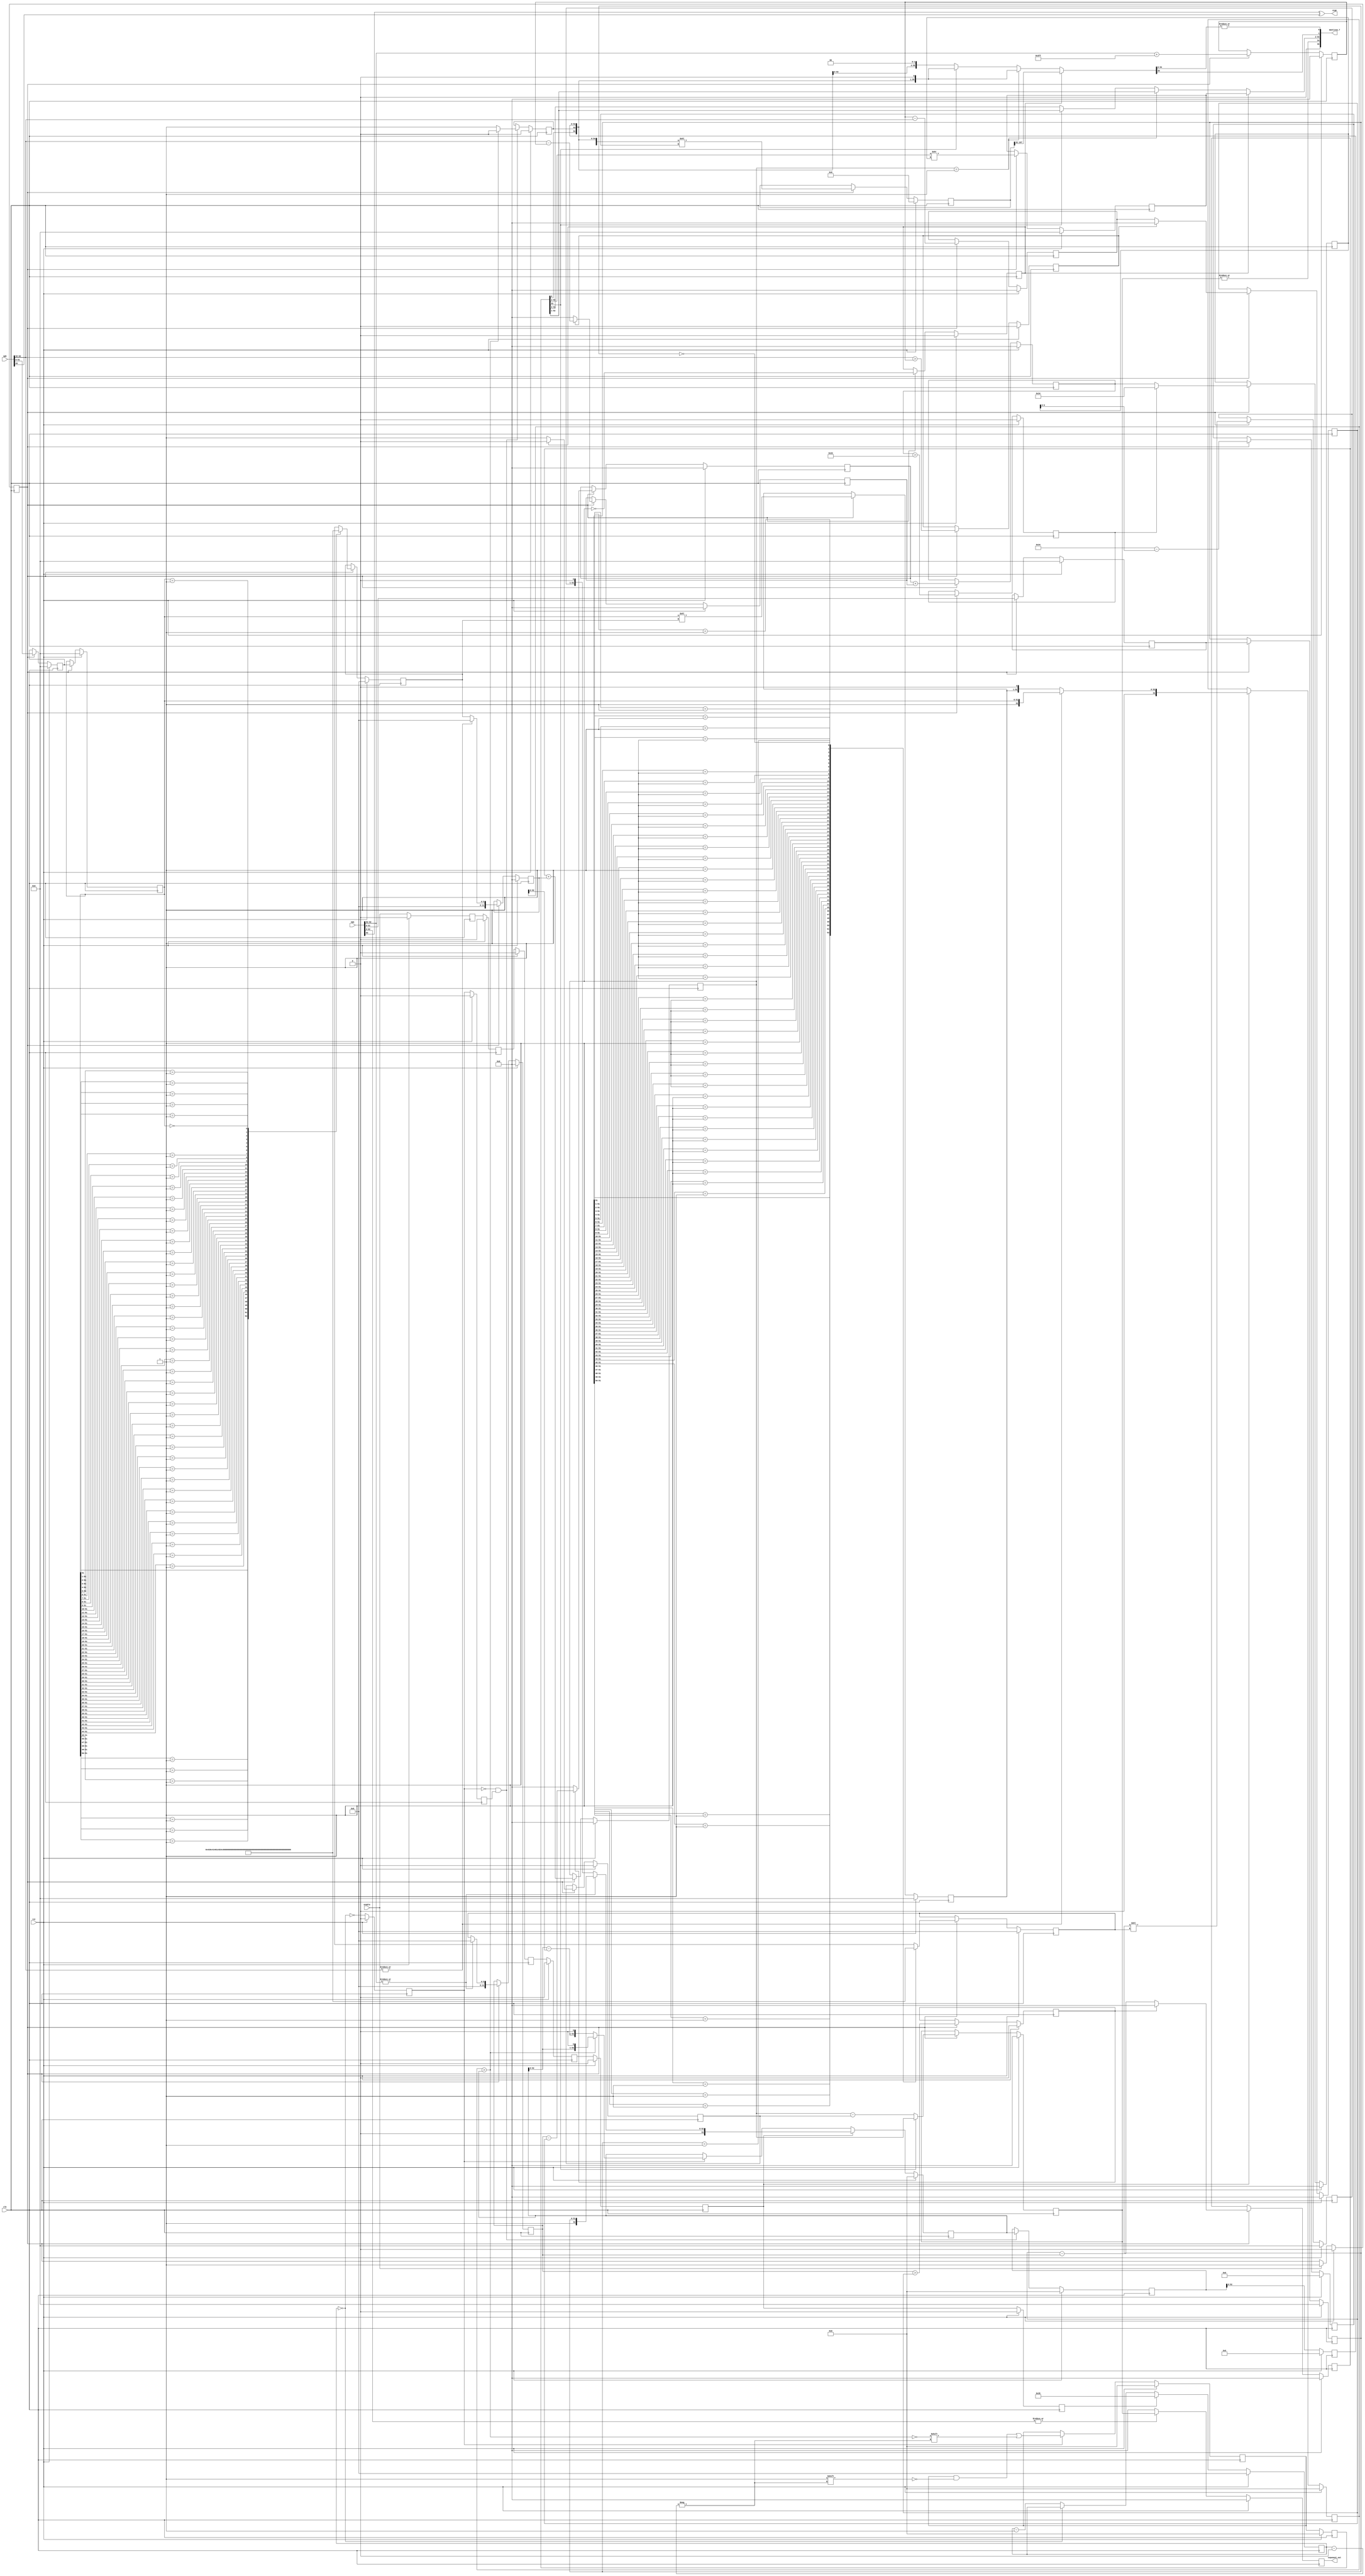

module fpu_div( clk, rst, enable, opa, opb, sign, mantissa_7,
exponent_out);
input		clk;
input		rst;
input		enable;
input	[63:0]	opa;
input	[63:0]	opb;
output		sign;
output	[55:0] mantissa_7;
output  [11:0] exponent_out;

parameter	preset  = 53;

reg [53:0] dividend_reg;
reg [53:0] divisor_reg;
reg enable_reg;
reg enable_reg_2;
reg enable_reg_a;
reg enable_reg_b;
reg enable_reg_c;
reg enable_reg_d;
reg enable_reg_e;
reg [5:0] 	dividend_shift;
reg [5:0] 	dividend_shift_2;
reg [5:0] 	divisor_shift;
reg [5:0] 	divisor_shift_2;
reg [5:0] 	count_out;
reg [11:0]  exponent_out;


wire   sign = opa[63] ^ opb[63];
reg [51:0] mantissa_a;
reg [51:0] mantissa_b;
wire [10:0] expon_a = opa[62:52];
wire [10:0] expon_b = opb[62:52];
wire	a_is_norm = |expon_a;
wire	b_is_norm = |expon_b;
wire	a_is_zero = !(|opa[62:0]); 
wire [11:0] exponent_a = { 1'b0, expon_a};
wire [11:0] exponent_b = { 1'b0, expon_b};
reg [51:0] dividend_a;
reg [51:0] dividend_a_shifted;
wire [52:0] dividend_denorm = { dividend_a_shifted, 1'b0};
wire [53:0]	dividend_1 = a_is_norm ? { 2'b01, dividend_a } : { 1'b0, dividend_denorm};
reg [51:0] divisor_b;
reg [51:0] divisor_b_shifted;
wire [52:0] divisor_denorm = { divisor_b_shifted, 1'b0};
wire [53:0]	divisor_1 = b_is_norm ? { 2'b01, divisor_b } : { 1'b0, divisor_denorm};
wire [5:0] count_index = count_out;
wire count_nonzero = !(count_index == 0);
reg [53:0] quotient;
reg	[53:0] quotient_out;
reg [53:0] remainder;
reg [53:0] remainder_out;
reg remainder_msb;
reg count_nonzero_reg;
reg count_nonzero_reg_2;
reg [11:0] expon_term;
reg expon_uf_1;
reg [11:0] expon_uf_term_1;
reg [11:0] expon_final_1;
reg [11:0] expon_final_2;
reg [11:0] expon_shift_a;
reg [11:0] expon_shift_b;
reg expon_uf_2;
reg [11:0] expon_uf_term_2;
reg [11:0] expon_uf_term_3;
reg expon_uf_gt_maxshift;
reg [11:0] expon_uf_term_4;
reg [11:0] expon_final_3;
reg [11:0] expon_final_4;
wire quotient_msb = quotient_out[53];
reg expon_final_4_et0;
reg expon_final_4_term;
reg [11:0] expon_final_5;
reg [51:0] mantissa_1;
wire [51:0] mantissa_2 = quotient_out[52:1];
wire [51:0] mantissa_3 = quotient_out[51:0];
wire [51:0] mantissa_4 = quotient_msb ? mantissa_2 : mantissa_3;
wire [51:0] mantissa_5 = (expon_final_4 == 1) ? mantissa_2 : mantissa_4;
wire [51:0] mantissa_6 = expon_final_4_et0 ? mantissa_1 : mantissa_5;
wire [107:0] remainder_a = { quotient_out[53:0] , remainder_msb, remainder_out[52:0]};
reg [6:0] remainder_shift_term;
reg [107:0] remainder_b;
wire [55:0] remainder_1 = remainder_b[107:52];
wire [55:0] remainder_2 = { quotient_out[0] , remainder_msb, remainder_out[52:0], 1'b0 };
wire [55:0] remainder_3 = { remainder_msb , remainder_out[52:0], 2'b0 };
wire [55:0] remainder_4 = quotient_msb ? remainder_2 : remainder_3;
wire [55:0] remainder_5 = (expon_final_4 == 1) ? remainder_2 : remainder_4;
wire [55:0] remainder_6 = expon_final_4_et0 ? remainder_1 : remainder_5;
wire	m_norm = |expon_final_5;
wire	rem_lsb = |remainder_6[54:0];	
wire [55:0] mantissa_7 = { 1'b0, m_norm, mantissa_6, remainder_6[55], rem_lsb };

always @ (posedge clk)
begin
	if (rst)
		exponent_out <= 0;
	else 
		exponent_out <= a_is_zero ? 12'b0 : expon_final_5; 
end

always @ (posedge clk)
begin
	if (rst)
		count_out <= 0;
	else if (enable_reg) 
		count_out <= preset;
	else if (count_nonzero)
		count_out <= count_out - 1; 
end

always @ (posedge clk)
begin
	if (rst) begin
		quotient_out <= 0;
		remainder_out <= 0;
		end
	else begin
		quotient_out <= quotient;
		remainder_out <= remainder;
		end
end


always @ (posedge clk)
begin
	if (rst) 
		quotient <= 0;
	else if (count_nonzero_reg)
		quotient[count_index] <= !(divisor_reg > dividend_reg);  
end

always @ (posedge clk)
begin
	if (rst) begin
		remainder <= 0;
		remainder_msb <= 0;
		end  
	else if (!count_nonzero_reg & count_nonzero_reg_2) begin	  
	    remainder <= dividend_reg;
		remainder_msb <= (divisor_reg > dividend_reg) ? 0 : 1;
		end
end

always @ (posedge clk)
begin
	if (rst) begin
		dividend_reg <= 0;
		divisor_reg <= 0;
		end
	else if (enable_reg_e) begin
		dividend_reg <= dividend_1;
		divisor_reg <= divisor_1;
		end
	else if (count_nonzero_reg)
		dividend_reg <= (divisor_reg > dividend_reg) ? dividend_reg << 1 : 
						(dividend_reg - divisor_reg) << 1; 
		// divisor doesn't change for the divide
end

always @ (posedge clk)
begin
	if (rst) begin
		expon_term  <= 0;
 		expon_uf_1 <= 0;
        expon_uf_term_1 <= 0;
        expon_final_1 <= 0;
        expon_final_2 <= 0;
        expon_shift_a <= 0;
        expon_shift_b <= 0;
 		expon_uf_2 <= 0;
        expon_uf_term_2 <= 0;
        expon_uf_term_3 <= 0;
 		expon_uf_gt_maxshift <= 0;
        expon_uf_term_4 <= 0;
        expon_final_3 <= 0;
        expon_final_4 <= 0;
 		expon_final_4_et0 <= 0;
 		expon_final_4_term <= 0;
        expon_final_5 <= 0;
        mantissa_a <= 0;
		mantissa_b <= 0;
		dividend_a <= 0;
		divisor_b <= 0;
		dividend_shift_2 <= 0;
		divisor_shift_2 <= 0;
		remainder_shift_term <= 0;
		remainder_b <= 0;
		dividend_a_shifted <= 0;
		divisor_b_shifted <=  0;
		mantissa_1 <= 0;
		end
	else if (enable_reg_2) begin
		expon_term  <= exponent_a + 1023;
 		expon_uf_1 <= exponent_b > expon_term;
        expon_uf_term_1 <= expon_uf_1 ? (exponent_b - expon_term) : 0;
        expon_final_1 <= expon_term - exponent_b;
        expon_final_2 <= expon_uf_1 ? 0 : expon_final_1;
        expon_shift_a <= a_is_norm ? 0 : dividend_shift_2;
        expon_shift_b <= b_is_norm ? 0 : divisor_shift_2;
 		expon_uf_2 <= expon_shift_a > expon_final_2;
        expon_uf_term_2 <= expon_uf_2 ? (expon_shift_a - expon_final_2) : 0;
        expon_uf_term_3 <= expon_uf_term_2 + expon_uf_term_1;
 		expon_uf_gt_maxshift <= (expon_uf_term_3 > 51);
        expon_uf_term_4 <= expon_uf_gt_maxshift ? 52 : expon_uf_term_3;
        expon_final_3 <= expon_uf_2 ? 0 : (expon_final_2 - expon_shift_a);
        expon_final_4 <= expon_final_3 + expon_shift_b;
 		expon_final_4_et0 <= (expon_final_4 == 0);
 		expon_final_4_term <= expon_final_4_et0 ? 0 : 1;
        expon_final_5 <= quotient_msb ? expon_final_4 : expon_final_4 - expon_final_4_term;
		mantissa_a <= opa[51:0];
		mantissa_b <= opb[51:0];
		dividend_a <= mantissa_a;
		divisor_b <= mantissa_b;
		dividend_shift_2 <= dividend_shift;
		divisor_shift_2 <= divisor_shift;
		remainder_shift_term <= 52 - expon_uf_term_4;
		remainder_b <= remainder_a << remainder_shift_term;
		dividend_a_shifted <= dividend_a << dividend_shift_2;
		divisor_b_shifted <= divisor_b << divisor_shift_2;
		mantissa_1 <= quotient_out[53:2] >> expon_uf_term_4;
		end
end

always @ (posedge clk)
begin
	if (rst) begin
		count_nonzero_reg <= 0;	
		count_nonzero_reg_2 <= 0;
		enable_reg <= 0;
		enable_reg_a <= 0;
		enable_reg_b <= 0;
		enable_reg_c <= 0;
		enable_reg_d <= 0;
		enable_reg_e <= 0;
		end
	else begin
		count_nonzero_reg <= count_nonzero;	 
		count_nonzero_reg_2 <= count_nonzero_reg;
		enable_reg <= enable_reg_e;
		enable_reg_a <= enable;
		enable_reg_b <= enable_reg_a;
		enable_reg_c <= enable_reg_b;
		enable_reg_d <= enable_reg_c;
		enable_reg_e <= enable_reg_d;
		end
end

always @ (posedge clk)
begin
	if (rst) 
		enable_reg_2 <= 0;
	else if (enable)
		enable_reg_2 <= 1;
end


always @(dividend_a)
   casex(dividend_a)
    52'b1???????????????????????????????????????????????????: dividend_shift <= 0;
    52'b01??????????????????????????????????????????????????: dividend_shift <= 1;
    52'b001?????????????????????????????????????????????????: dividend_shift <= 2;
    52'b0001????????????????????????????????????????????????: dividend_shift <= 3;
    52'b00001???????????????????????????????????????????????: dividend_shift <= 4;
    52'b000001??????????????????????????????????????????????: dividend_shift <= 5;
    52'b0000001?????????????????????????????????????????????: dividend_shift <= 6;
    52'b00000001????????????????????????????????????????????: dividend_shift <= 7;
	52'b000000001???????????????????????????????????????????: dividend_shift <= 8;
    52'b0000000001??????????????????????????????????????????: dividend_shift <= 9;
    52'b00000000001?????????????????????????????????????????: dividend_shift <= 10;
    52'b000000000001????????????????????????????????????????: dividend_shift <= 11;
    52'b0000000000001???????????????????????????????????????: dividend_shift <= 12;
    52'b00000000000001??????????????????????????????????????: dividend_shift <= 13;
    52'b000000000000001?????????????????????????????????????: dividend_shift <= 14;
    52'b0000000000000001????????????????????????????????????: dividend_shift <= 15;
    52'b00000000000000001???????????????????????????????????: dividend_shift <= 16;
    52'b000000000000000001??????????????????????????????????: dividend_shift <= 17;
    52'b0000000000000000001?????????????????????????????????: dividend_shift <= 18;
    52'b00000000000000000001????????????????????????????????: dividend_shift <= 19;
    52'b000000000000000000001???????????????????????????????: dividend_shift <= 20;
    52'b0000000000000000000001??????????????????????????????: dividend_shift <= 21;
    52'b00000000000000000000001?????????????????????????????: dividend_shift <= 22;
    52'b000000000000000000000001????????????????????????????: dividend_shift <= 23;
    52'b0000000000000000000000001???????????????????????????: dividend_shift <= 24;
    52'b00000000000000000000000001??????????????????????????: dividend_shift <= 25;
    52'b000000000000000000000000001?????????????????????????: dividend_shift <= 26;
    52'b0000000000000000000000000001????????????????????????: dividend_shift <= 27;
    52'b00000000000000000000000000001???????????????????????: dividend_shift <= 28;
    52'b000000000000000000000000000001??????????????????????: dividend_shift <= 29;
    52'b0000000000000000000000000000001?????????????????????: dividend_shift <= 30;
    52'b00000000000000000000000000000001????????????????????: dividend_shift <= 31;
    52'b000000000000000000000000000000001???????????????????: dividend_shift <= 32;
    52'b0000000000000000000000000000000001??????????????????: dividend_shift <= 33;
    52'b00000000000000000000000000000000001?????????????????: dividend_shift <= 34;
    52'b000000000000000000000000000000000001????????????????: dividend_shift <= 35;
    52'b0000000000000000000000000000000000001???????????????: dividend_shift <= 36;
    52'b00000000000000000000000000000000000001??????????????: dividend_shift <= 37;
    52'b000000000000000000000000000000000000001?????????????: dividend_shift <= 38;
    52'b0000000000000000000000000000000000000001????????????: dividend_shift <= 39;
    52'b00000000000000000000000000000000000000001???????????: dividend_shift <= 40;
    52'b000000000000000000000000000000000000000001??????????: dividend_shift <= 41;
    52'b0000000000000000000000000000000000000000001?????????: dividend_shift <= 42;
    52'b00000000000000000000000000000000000000000001????????: dividend_shift <= 43;
    52'b000000000000000000000000000000000000000000001???????: dividend_shift <= 44;
    52'b0000000000000000000000000000000000000000000001??????: dividend_shift <= 45;
    52'b00000000000000000000000000000000000000000000001?????: dividend_shift <= 46;
    52'b000000000000000000000000000000000000000000000001????: dividend_shift <= 47;
    52'b0000000000000000000000000000000000000000000000001???: dividend_shift <= 48;
    52'b00000000000000000000000000000000000000000000000001??: dividend_shift <= 49;
    52'b000000000000000000000000000000000000000000000000001?: dividend_shift <= 50;
    52'b0000000000000000000000000000000000000000000000000001: dividend_shift <= 51;
    52'b0000000000000000000000000000000000000000000000000000: dividend_shift <= 52;
    
    endcase
    
always @(divisor_b)
   casex(divisor_b)
    52'b1???????????????????????????????????????????????????: divisor_shift <= 0;
    52'b01??????????????????????????????????????????????????: divisor_shift <= 1;
    52'b001?????????????????????????????????????????????????: divisor_shift <= 2;
    52'b0001????????????????????????????????????????????????: divisor_shift <= 3;
    52'b00001???????????????????????????????????????????????: divisor_shift <= 4;
    52'b000001??????????????????????????????????????????????: divisor_shift <= 5;
    52'b0000001?????????????????????????????????????????????: divisor_shift <= 6;
    52'b00000001????????????????????????????????????????????: divisor_shift <= 7;
	52'b000000001???????????????????????????????????????????: divisor_shift <= 8;
    52'b0000000001??????????????????????????????????????????: divisor_shift <= 9;
    52'b00000000001?????????????????????????????????????????: divisor_shift <= 10;
    52'b000000000001????????????????????????????????????????: divisor_shift <= 11;
    52'b0000000000001???????????????????????????????????????: divisor_shift <= 12;
    52'b00000000000001??????????????????????????????????????: divisor_shift <= 13;
    52'b000000000000001?????????????????????????????????????: divisor_shift <= 14;
    52'b0000000000000001????????????????????????????????????: divisor_shift <= 15;
    52'b00000000000000001???????????????????????????????????: divisor_shift <= 16;
    52'b000000000000000001??????????????????????????????????: divisor_shift <= 17;
    52'b0000000000000000001?????????????????????????????????: divisor_shift <= 18;
    52'b00000000000000000001????????????????????????????????: divisor_shift <= 19;
    52'b000000000000000000001???????????????????????????????: divisor_shift <= 20;
    52'b0000000000000000000001??????????????????????????????: divisor_shift <= 21;
    52'b00000000000000000000001?????????????????????????????: divisor_shift <= 22;
    52'b000000000000000000000001????????????????????????????: divisor_shift <= 23;
    52'b0000000000000000000000001???????????????????????????: divisor_shift <= 24;
    52'b00000000000000000000000001??????????????????????????: divisor_shift <= 25;
    52'b000000000000000000000000001?????????????????????????: divisor_shift <= 26;
    52'b0000000000000000000000000001????????????????????????: divisor_shift <= 27;
    52'b00000000000000000000000000001???????????????????????: divisor_shift <= 28;
    52'b000000000000000000000000000001??????????????????????: divisor_shift <= 29;
    52'b0000000000000000000000000000001?????????????????????: divisor_shift <= 30;
    52'b00000000000000000000000000000001????????????????????: divisor_shift <= 31;
    52'b000000000000000000000000000000001???????????????????: divisor_shift <= 32;
    52'b0000000000000000000000000000000001??????????????????: divisor_shift <= 33;
    52'b00000000000000000000000000000000001?????????????????: divisor_shift <= 34;
    52'b000000000000000000000000000000000001????????????????: divisor_shift <= 35;
    52'b0000000000000000000000000000000000001???????????????: divisor_shift <= 36;
    52'b00000000000000000000000000000000000001??????????????: divisor_shift <= 37;
    52'b000000000000000000000000000000000000001?????????????: divisor_shift <= 38;
    52'b0000000000000000000000000000000000000001????????????: divisor_shift <= 39;
    52'b00000000000000000000000000000000000000001???????????: divisor_shift <= 40;
    52'b000000000000000000000000000000000000000001??????????: divisor_shift <= 41;
    52'b0000000000000000000000000000000000000000001?????????: divisor_shift <= 42;
    52'b00000000000000000000000000000000000000000001????????: divisor_shift <= 43;
    52'b000000000000000000000000000000000000000000001???????: divisor_shift <= 44;
    52'b0000000000000000000000000000000000000000000001??????: divisor_shift <= 45;
    52'b00000000000000000000000000000000000000000000001?????: divisor_shift <= 46;
    52'b000000000000000000000000000000000000000000000001????: divisor_shift <= 47;
    52'b0000000000000000000000000000000000000000000000001???: divisor_shift <= 48;
    52'b00000000000000000000000000000000000000000000000001??: divisor_shift <= 49;
    52'b000000000000000000000000000000000000000000000000001?: divisor_shift <= 50;
    52'b0000000000000000000000000000000000000000000000000001: divisor_shift <= 51;
    52'b0000000000000000000000000000000000000000000000000000: divisor_shift <= 52;
    
    endcase
    
endmodule